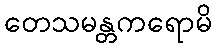
တေသမန္တကရောမိ